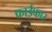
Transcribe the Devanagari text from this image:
फाईफार